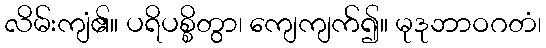
လိမ်းကျံ၏။ ပရိပစ္စိတွာ၊ ကျေကျက်၍။ မုဒုဘာဝဂတံ၊